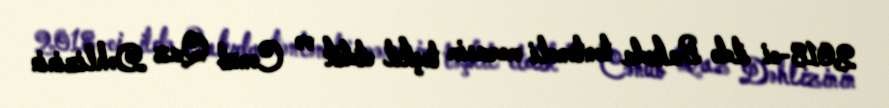
2018-ci ildə Bakıda təntənəli mərasim təşkil etdik və Cənub Qaz Dəhlizinin